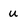
Character: U